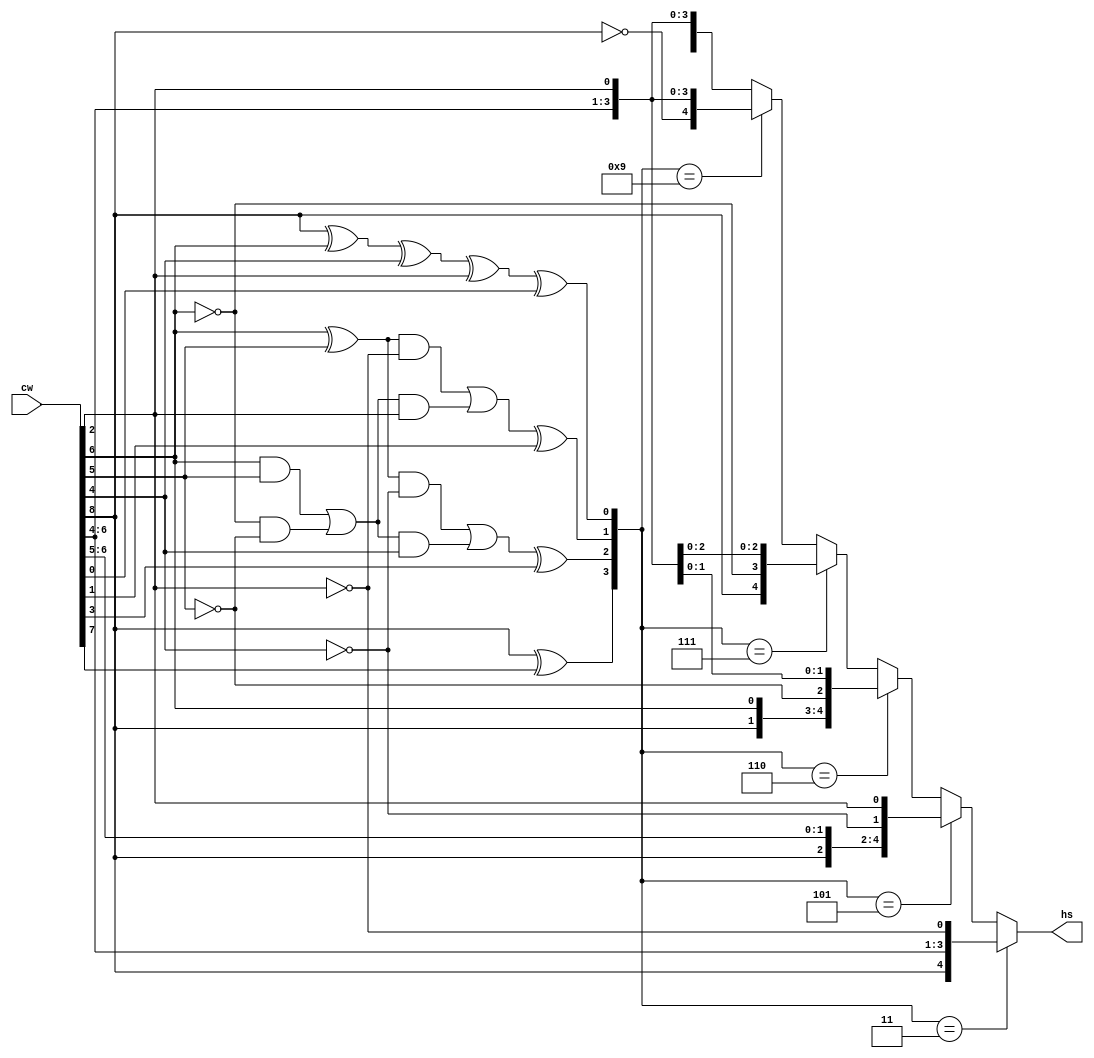
module a_hamdec(cw, hs); //Error correcting, Decoding -> 5 bit original hand sign
	input [8:0] cw;
	output [4:0] hs;

	// fill in your implementation below
reg [4:0] infor; // information bits
reg [3:0] par; // parity bits
reg [3:0] even_par; // put the compared bits using the even parity codes
reg [3:0] syndrome; // syndrome

always @ (*) begin
infor = { cw[8], cw[6:4], cw[2] }; // put information bits
par = { cw[7], cw[3], cw[1:0] }; // put parity bits

//(A xor B xor C xor D)
even_par[0] = infor[4]^infor[3]^infor[1]^infor[0]; // p1
//(A xor B)C'+(AB+A'B')C
even_par[1] = (infor[3]^infor[2])&(~infor[0])|(((infor[3]&infor[2])|((~infor[3])&(~infor[2])))&infor[0]); // p2
even_par[2] = (infor[3]^infor[2])&(~infor[1])|(((infor[3]&infor[2])|((~infor[3])&(~infor[2])))&infor[1]); // p3
even_par[3] = infor[4]; // p4

syndrome[0] = even_par[0]^par[0]; // syndrome code(A'B+AB'=A xor B)
syndrome[1] = even_par[1]^par[1];
syndrome[2] = even_par[2]^par[2]; 
syndrome[3] = even_par[3]^par[3]; 

// put the corrected information bits
if (syndrome == 4'd3) begin // syndrome == 3 
infor = { cw[8], cw[6:4], (~cw[2]) }; end 
else if (syndrome == 4'd5) begin // syndrome == 5
infor = { cw[8], cw[6], cw[5], (~cw[4]), cw[2] }; end
else if (syndrome == 4'd6) begin // syndrome == 6
infor = { cw[8], cw[6], (~cw[5]), cw[4], cw[2] }; end
else if (syndrome == 4'd7) begin // syndrome == 7
infor = { cw[8], (~cw[6]), cw[5], cw[4], cw[2] }; end
else if (syndrome == 4'd9) begin // syndrome == 9
infor = { (~cw[8]), cw[6:4], cw[2] }; end

end
assign hs = infor[4:0]; // assign the original hand sign

endmodule